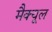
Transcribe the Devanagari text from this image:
मैक्यूल